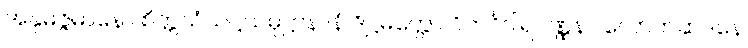
အနုမဇ္ဇမာနော စိတ္တသံသဋ္ဌသမုဋ္ဌာနာနံ ဒိဋ္ဌမတ္တော ဝိဘင်္ဂဝါရဝဏ္ဏနာ လောဟဆဒနေ